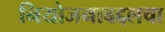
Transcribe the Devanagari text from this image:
नियोजनाबद्दलचा